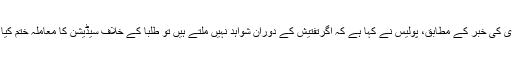
این ڈی ٹی وی کی خبر کے مطابق، پولیس نے کہا ہے کہ اگرتفتیش کے دوران شواہد نہیں ملتے ہیں تو طلبا کے خلاف سیڈیشن کا معاملہ ختم کیا جاسکتا ہے۔